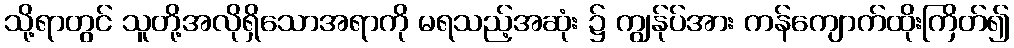
သို့ရာတွင် သူတို့အလိုရှိသောအရာကို မရသည့်အဆုံး ၌ ကျွန်ုပ်အား ကန်ကျောက်ထိုးကြိတ်၍